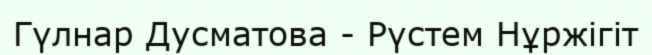
Гүлнар Дусматова - Рүстем Нұржігіт